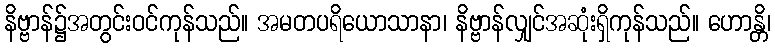
နိဗ္ဗာန်၌အတွင်းဝင်ကုန်သည်။ အမတပရိယောသာနာ၊ နိဗ္ဗာန်လျှင်အဆုံးရှိကုန်သည်။ ဟောန္တိ၊